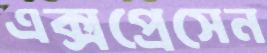
এক্সপ্রেসেন